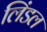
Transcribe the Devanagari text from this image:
लिंडल